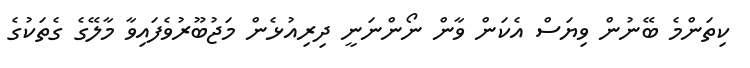
ކިތަންމެ ބޭނުން ވިޔަސް އެކަން ވާން ނޯންނަނީ ދިރިއުޅެން މަޖުބޫރުވެފައިވާ މާލޭގެ ގެތަކުގެ